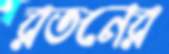
রতনের